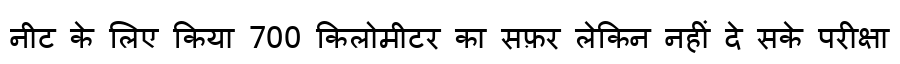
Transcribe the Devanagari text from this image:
नीट के लिए किया 700 किलोमीटर का सफ़र लेकिन नहीं दे सके परीक्षा